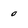
Character: 0